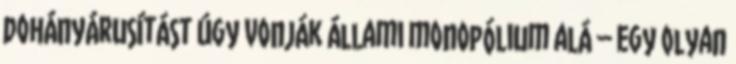
dohányárusítást úgy vonják állami monopólium alá – egy olyan